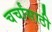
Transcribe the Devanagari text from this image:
चर्चांसाठी